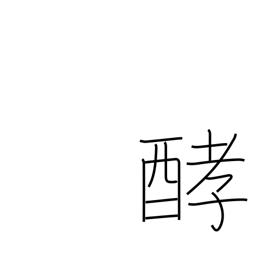
Meaning: fermentation